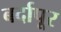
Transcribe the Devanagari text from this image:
बर्दापूर